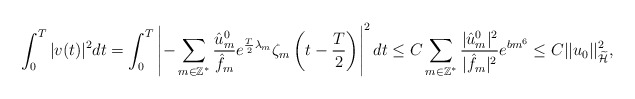
\begin{align*} \int_{0}^{T}|v(t)|^2dt&= \int_{0}^{T}\left|-\sum_{m\in\mathbb{Z}^*}\frac{\hat{u}_{m}^{0}}{\hat{f}_m}e^{\frac{T}{2}\lambda_m}\zeta_m\left(t-\frac{T}{2}\right)\right|^2dt \leq C\sum_{m\in\mathbb{Z}^*}\frac{|\hat{u}_{m}^{0}|^2}{|\hat{f}_m|^2}e^{bm^6}\leq C ||u_0||_{\widetilde{\mathcal{H}}}^2,\end{align*}